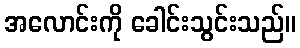
အလောင်းကို ခေါင်းသွင်းသည်။